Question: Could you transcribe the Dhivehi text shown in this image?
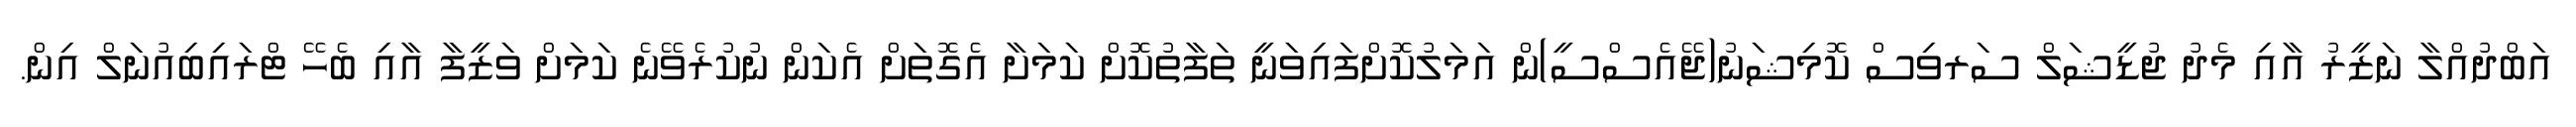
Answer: އަބްދުއްލާ ނަޒީރު އާއި މެދު ޖުޑީޝަލް ސަރވިސް ކޮމިޝަނު(ޖޭއެސްސީ)ން އަމަލުކޮށްފައިވަނީ ތަފާތުކޮށް ކަމަށާ އެގޮތަށް އެކަން ނުކުރެވޭނެ ކަމަށް ވަޒީފާ އާއި ބެހޭ ޓްރައިބިއުނަލް އިން.